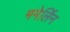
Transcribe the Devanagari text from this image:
मनेर्लिन